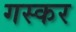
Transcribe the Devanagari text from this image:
गस्कर